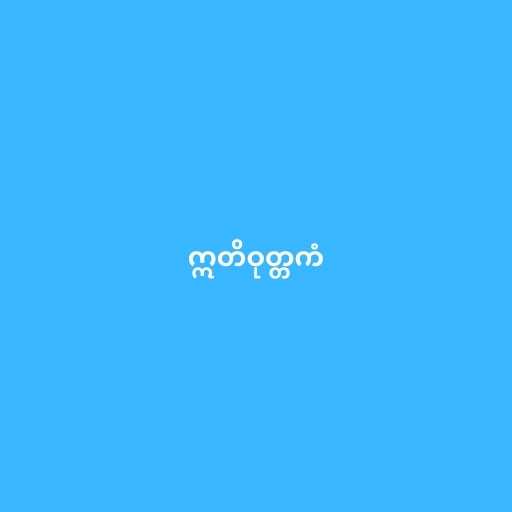
ဣတိဝုတ္တကံ